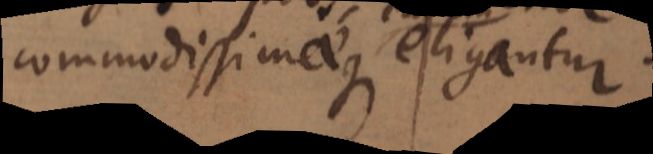
commodissimaeque earum eligantur.